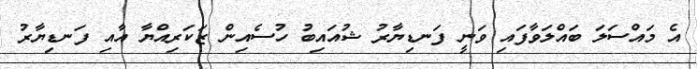
އެ މައްސަލަ ބައްލަވާފައި ވަނީ ފަނޑިޔާރު ޝުއައިބު ހުސެއިން ޒަކަރިއްޔާ އާއި ފަނޑިޔާރު